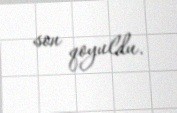
son qoyuldu.